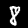
Digit: 8